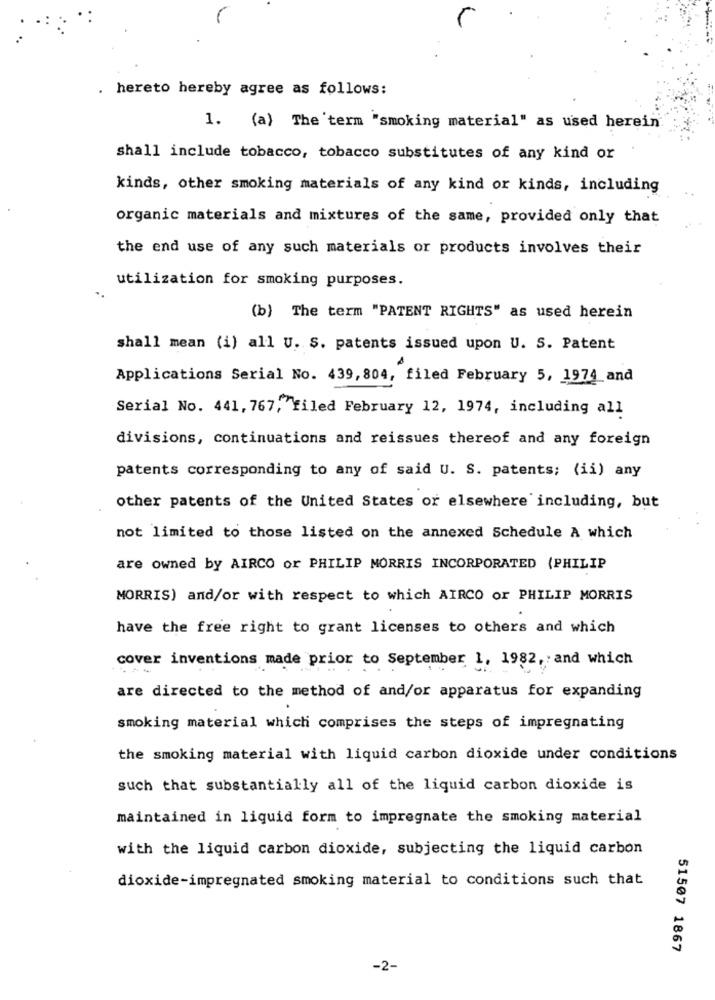
. hereto hereby agree as follows:
1. (a) The 'term "smoking material" as used herein
shall include tobacco, tobacco substitutes of any kind or
kinds, other smoking materials of any kind or kinds, including
organic materials and mixtures of the same, provided only that
the end use of any such materials or products involves their
utilization for smoking purposes.
(b) The term "PATENT RIGHTS" as used herein
shall mean (i) all U. S. patents issued upon U. S. Patent
Applications Serial No. 439, 804, filed February 5, 1974 and
Serial No. 441, 767, "filed February 12, 1974, including all
divisions, continuations and reissues thereof and any foreign
patents corresponding to any of said U. S. patents; (ii) any
other patents of the United States or elsewhere including, but
not limited to those listed on the annexed Schedule A which
are owned by AIRCO or PHILIP MORRIS INCORPORATED (PHILIP
MORRIS) and/or with respect to which AIRCO or PHILIP MORRIS
have the free right to grant licenses to others and which
cover inventions made prior to September 1, 1982, and which
are directed to the method of and/or apparatus for expanding
smoking material which comprises the steps of impregnating
the smoking material with liquid carbon dioxide under conditions
such that substantially all of the liquid carbon dioxide is
maintained in liquid form to impregnate the smoking material
with the liquid carbon dioxide, subjecting the liquid carbon
dioxide-impregnated smoking material to conditions such that
51507 1867
-2-